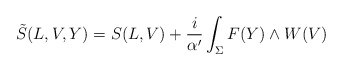
\begin{align*}\tilde{S}(L,V,Y)=S(L,V) + \frac{i}{\alpha^{\prime}}\int_{ \Sigma }F(Y)\wedge W(V)\end{align*}